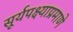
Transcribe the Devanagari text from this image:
सूर्यपक्ष्याप्रमाणे